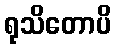
ရုသိတောပိ